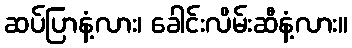
ဆပ်ပြာနံ့လား၊ ခေါင်းလိမ်းဆီနံ့လား။